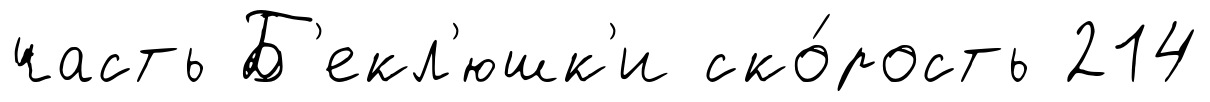
часть Б'екл'юшк'и ско́рость 214